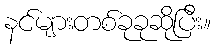
နင်များတစ်ခုခုဆိုပြီး။